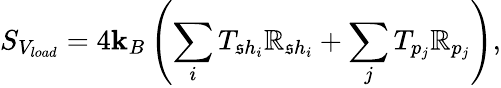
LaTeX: S_{V_{load}}=4\mathbf{k}_{B}\left(\sum_{i}T_{\mathfrak{s}h_{i}}\mathbb{R}_{\mathfrak{s}h_{i}}+\sum_{j}T_{p_{j}}\mathbb{R}_{p_{j}}\right),